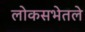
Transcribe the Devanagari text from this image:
लोकसभेतले